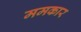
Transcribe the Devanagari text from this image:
ममकार